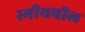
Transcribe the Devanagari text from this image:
स्मीथबील